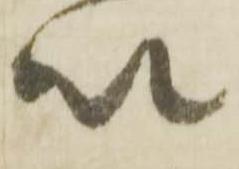
以